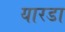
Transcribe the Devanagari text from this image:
यारडा